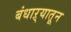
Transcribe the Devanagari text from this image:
बंधाऱ्यातून